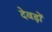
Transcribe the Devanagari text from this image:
देवड़ों